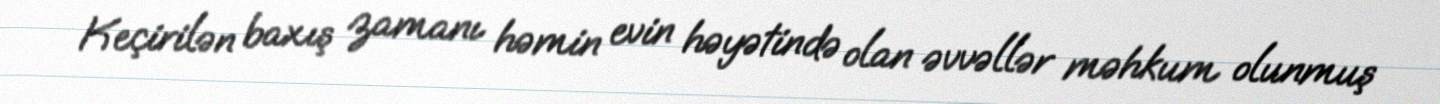
Keçirilən baxış zamanı həmin evin həyətində olan əvvəllər məhkum olunmuş